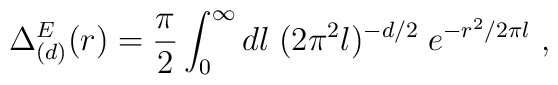
\Delta^E_{(d)}(r) = {\pi\over 2} \int_0^\infty dl\;(2\pi^2 l)^{-d/2}\; e^{-r^2/2\pi l} \ ,